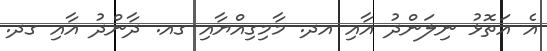
އެ އަތޮޅު ނިލަންދު އާއި އދ. މާމިގިއްޔާއި ގއ. ދާންދު އާއި ގދ.